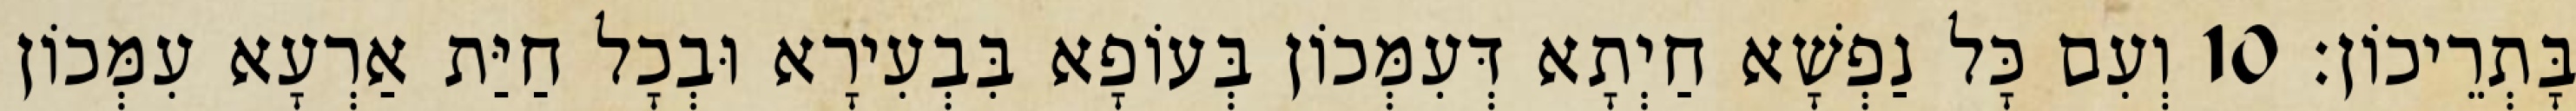
בָּתְרֵיכוֹן׃ 10 וְעִם כָּל נַפְשָׁא חַיְתָא דְּעִמְּכוֹן בְּעוֹפָא בִּבְעִירָא וּבְכָל חַיַּת אַרְעָא עִמְּכוֹן